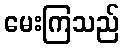
မေးကြသည်